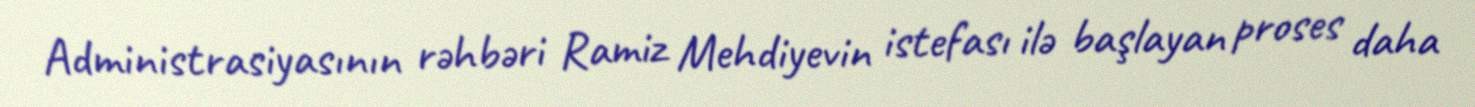
Administrasiyasının rəhbəri Ramiz Mehdiyevin istefası ilə başlayan proses daha